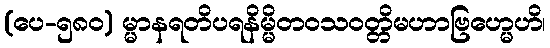
(ပေ-၅၈၀) မ္မာနရတိပရနိမ္မိတဝသဝတ္တိမဟာဗြဟ္မေဟိ၊